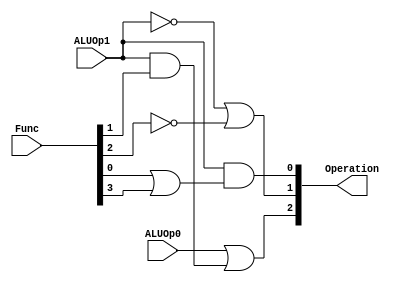
module alucontrol(ALUOp0,ALUOp1,Func,Operation);

	input ALUOp0,ALUOp1;
	input [5:0]Func;
	output [2:0]Operation;

	wire or1,or2,o3;
	wire a1,a2;

	assign or1=Func[0]|Func[3];
	assign a1=ALUOp1&Func[1];
	assign a2=ALUOp1&or1;
	assign or2=ALUOp0|a1;
	assign or3=(~ALUOp1)|(~Func[2]);

	assign Operation[0]=a2;
	assign Operation[1]=or3;
	assign Operation[2]=or2;

endmodule